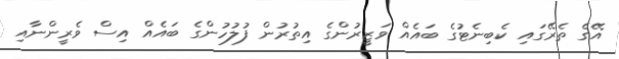
އޭގެ ތެރޭގައި ކެބިނެޓުގެ ބައެއް ވަޒީރުންގެ އިތުރުން ފުލުހުންގެ ބައެއް އިސް ވެރީންނާއި